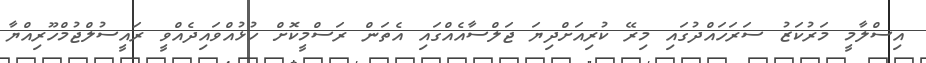
އިސްލާމީ މަރުކަޒު ސަރަހައްދުގައި މިރޭ ކުރިއަށްދިޔަ ޖަލްސާއެއްގައި އެތަން ރަސްމީކޮށް ހުޅުއްވައިދެއްވީ ރައީސުލްޖުމްހޫރިއްޔާ